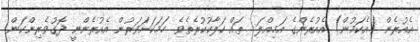
އެއުރެން (އެކަމުން) އެއުރެންގެ އަމިއްލަ  ތައް ހަލާކުކުރެތެވެ. ހަމަކަށަވަރުން އެއުރެންނީ ދޮގުވެރިންކަން